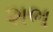
શભ